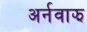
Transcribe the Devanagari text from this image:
अर्नवाझ